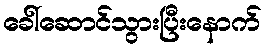
ခေါ်ဆောင်သွားပြီးနောက်